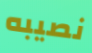
نصيبه